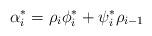
LaTeX: \begin{align*}\alpha^*_i=\rho_i \phi^*_i+\psi^*_i\rho_{i-1}\end{align*}